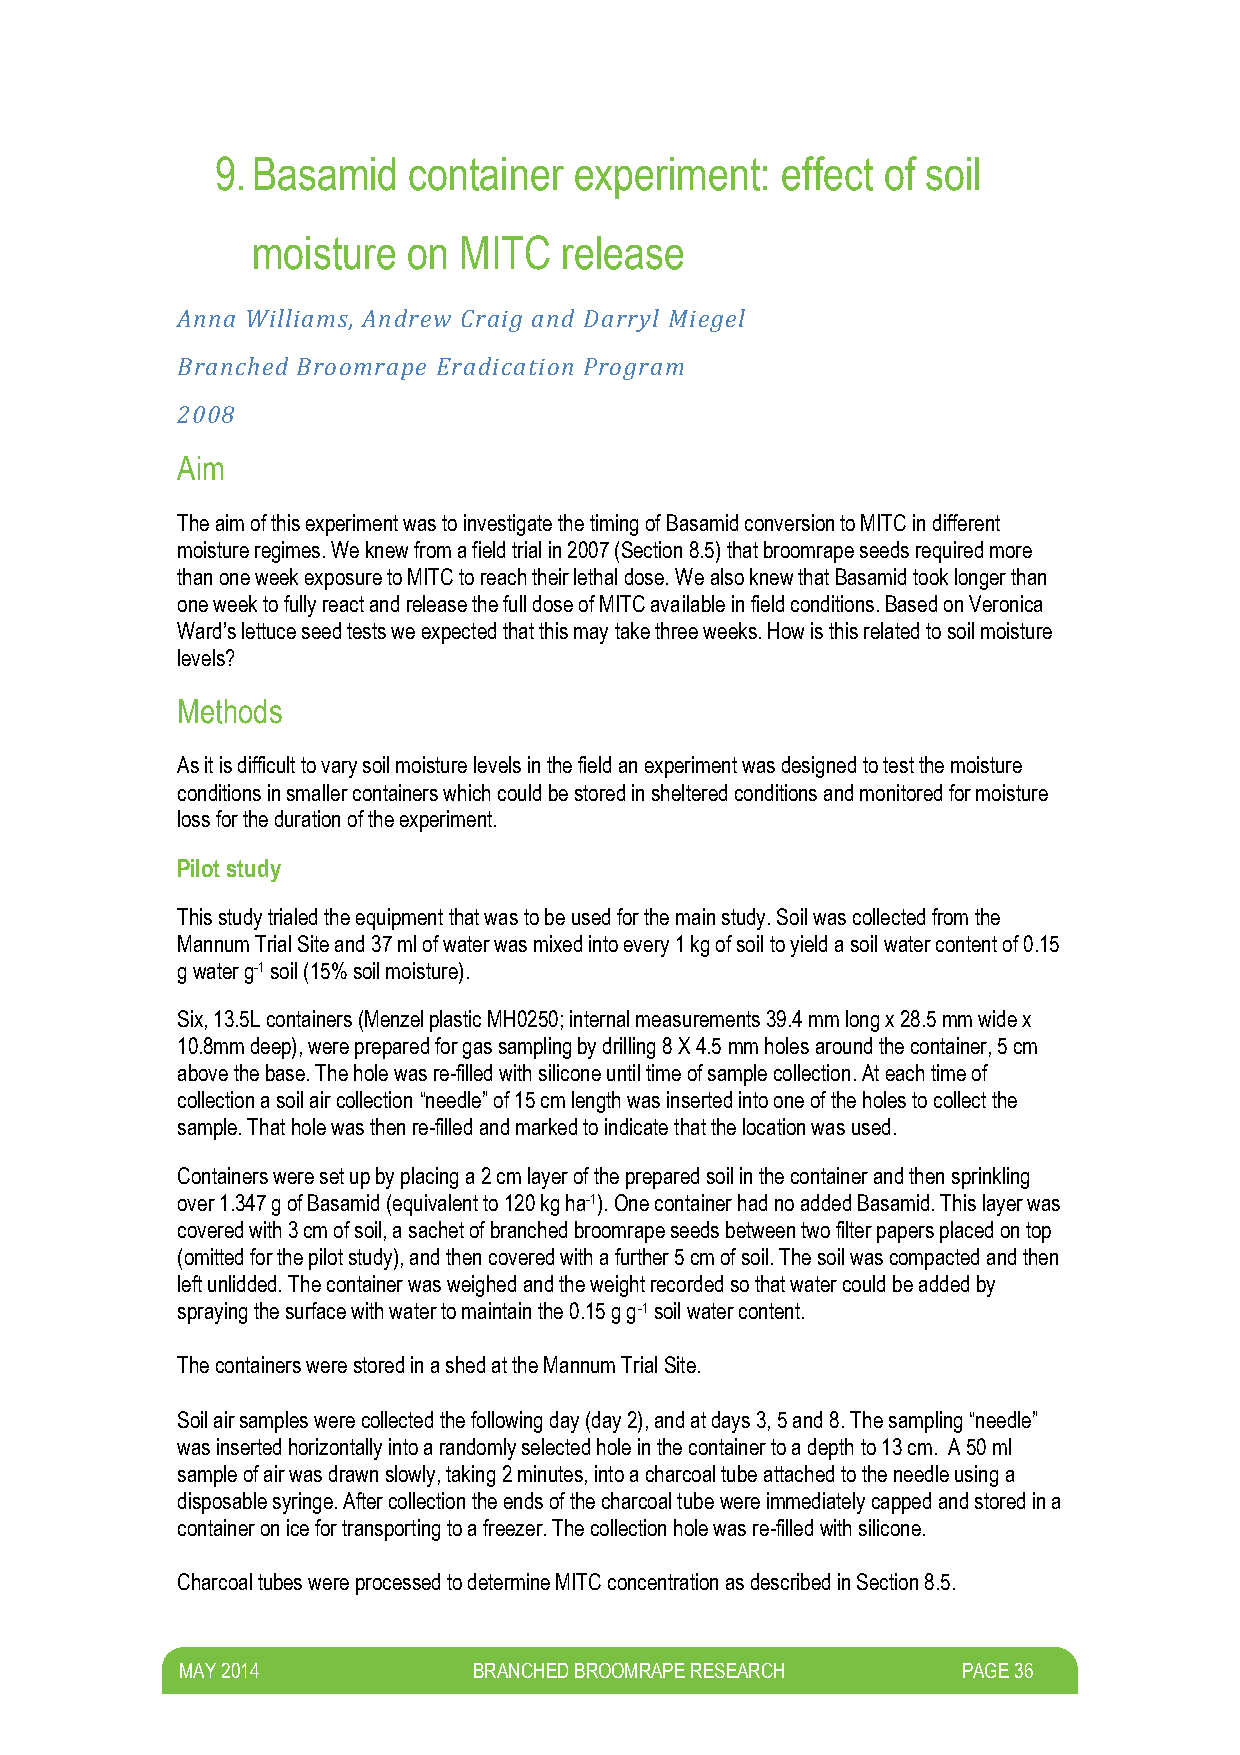
9. Basamid   container  experiment:   effect of soil
 moisture  on MITC   release
 Anna Williams, Andrew Craig and Darryl Miegel
 Branched Broomrape Eradication Program
 2008
 Aim
 The aim of this experiment was to investigate the timing of Basamid conversion to MITC in different
 moisture regimes. We knew from a field trial in 2007 (Section 8.5) that broomrape seeds required more
 than one week exposure to MITC to reach their lethal dose. We also knew that Basamid took longer than
 one week to fully react and release the full dose of MITC available in field conditions. Based on Veronica
 Ward’s lettuce seed tests we expected that this may take three weeks. How is this related to soil moisture
 levels?
 Methods
 As it is difficult to vary soil moisture levels in the field an experiment was designed to test the moisture
 conditions in smaller containers which could be stored in sheltered conditions and monitored for moisture
 loss for the duration of the experiment.
 Pilot study
 This study trialed the equipment that was to be used for the main study. Soil was collected from the
 Mannum Trial Site and 37 ml of water was mixed into every 1 kg of soil to yield a soil water content of 0.15
 g water g-1 soil (15% soil moisture).
 Six, 13.5L containers (Menzel plastic MH0250; internal measurements 39.4 mm long x 28.5 mm wide x
 10.8mm deep), were prepared for gas sampling by drilling 8 X 4.5 mm holes around the container, 5 cm
 above the base. The hole was re-filled with silicone until time of sample collection. At each time of
 collection a soil air collection “needle” of 15 cm length was inserted into one of the holes to collect the
 sample. That hole was then re-filled and marked to indicate that the location was used.
 Containers were set up by placing a 2 cm layer of the prepared soil in the container and then sprinkling
 over 1.347 g of Basamid (equivalent to 120 kg ha-1). One container had no added Basamid. This layer was
 covered with 3 cm of soil, a sachet of branched broomrape seeds between two filter papers placed on top
 (omitted for the pilot study), and then covered with a further 5 cm of soil. The soil was compacted and then
 left unlidded. The container was weighed and the weight recorded so that water could be added by
 spraying the surface with water to maintain the 0.15 g g-1 soil water content.
 The containers were stored in a shed at the Mannum Trial Site.
 Soil air samples were collected the following day (day 2), and at days 3, 5 and 8. The sampling “needle”
 was inserted horizontally into a randomly selected hole in the container to a depth to 13 cm. A 50 ml
 sample of air was drawn slowly, taking 2 minutes, into a charcoal tube attached to the needle using a
 disposable syringe. After collection the ends of the charcoal tube were immediately capped and stored in a
 container on ice for transporting to a freezer. The collection hole was re-filled with silicone.
 Charcoal tubes were processed to determine MITC concentration as described in Section 8.5.
 M AY 2014          BRANCHED BROOMRAPE RESEARCH      PAGE 36